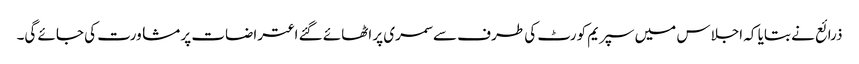
ذرائع نے بتایا کہ اجلاس میں سپریم کورٹ کی طرف سے سمری پر اٹھائے گئے اعتراضات پر مشاورت کی جائے گی۔